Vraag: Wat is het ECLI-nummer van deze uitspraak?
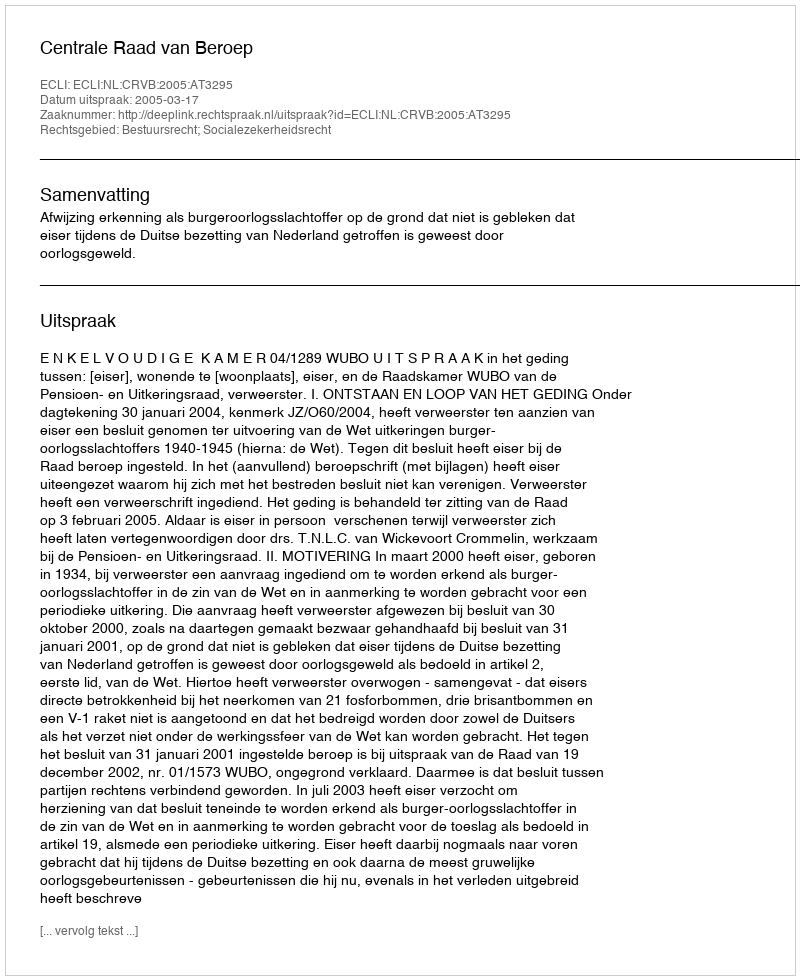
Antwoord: ECLI:NL:CRVB:2005:AT3295